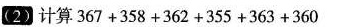
（2）计算367+358+362+355+363+360